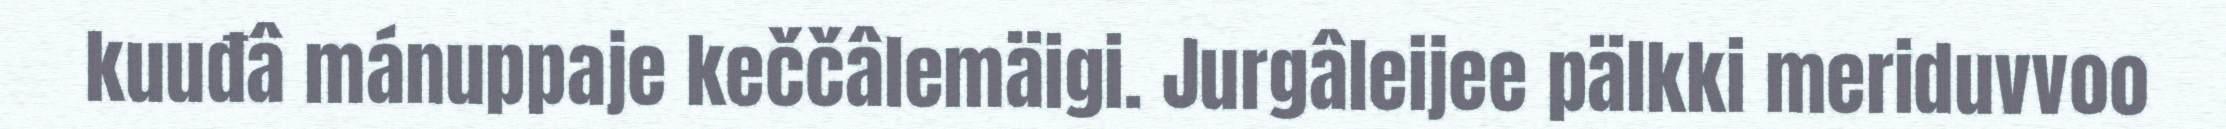
kuuđâ mánuppaje keččâlemäigi. Jurgâleijee pälkki meriduvvoo